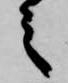
之